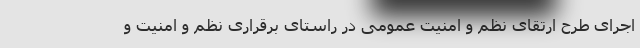
اجرای طرح ارتقای نظم و امنیت عمومی در راستای برقراری نظم و امنیت و